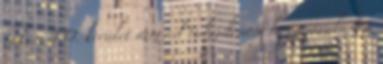
fák, a III. kerület nem ad tulajdonosi hozzájárulást a